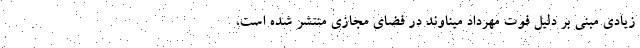
زیادی مبنی بر دلیل فوت مهرداد میناوند در فضای مجازی منتشر شده است،